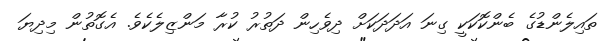
ތައިލެންޑުގެ ބެންކޮކަކީ ގިނަ އަދަދަކަށް ދިވެހިން ދަތުރު ކުރާ މަންޒިލެކެވެ. އެގޮތުން މިދިޔަ